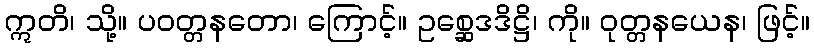
ဣတိ၊ သို့။ ပဝတ္တနတော၊ ကြောင့်။ ဥစ္ဆေဒဒိဋ္ဌိ၊ ကို။ ဝုတ္တနယေန၊ ဖြင့်။